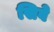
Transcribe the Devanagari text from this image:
सिवे